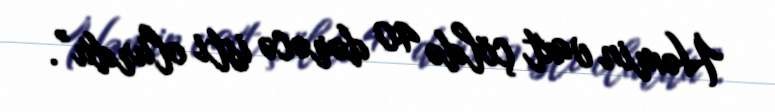
Həmin vaxt çöldə 40 dərəcə isti olurdu”.